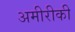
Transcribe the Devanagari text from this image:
अमीरीकी